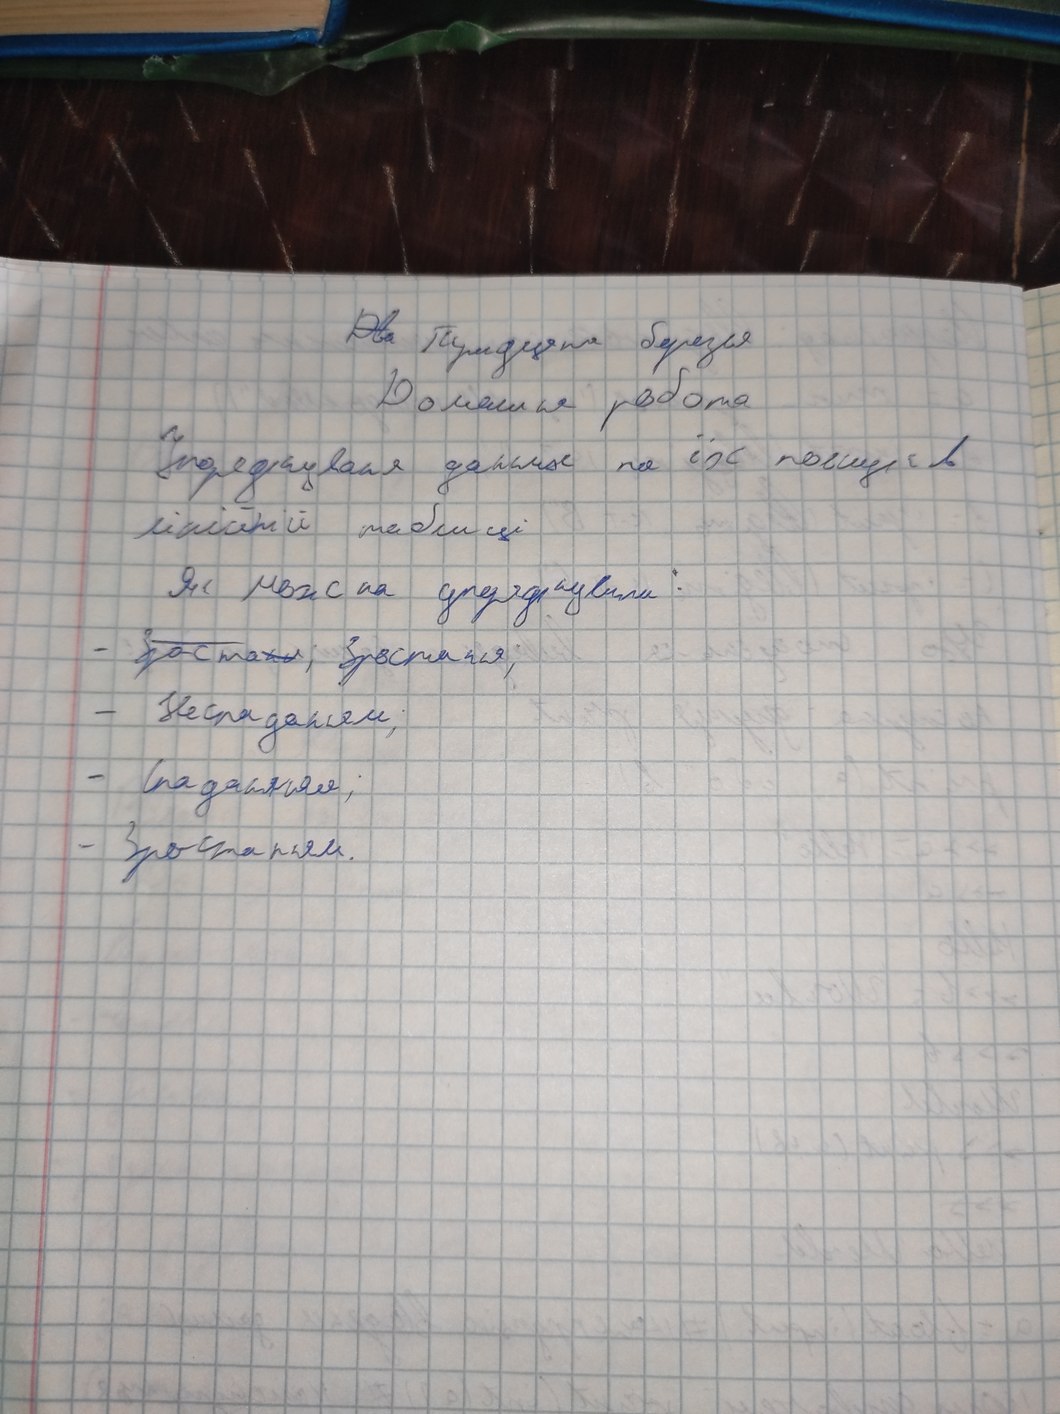
~~Два~~ Тридцяте березня
Домашня робота
Передавание данних по їх пошуків
лінійній таблиці
Як можна упорядкувати:
~~Зростаня;~~ Зростання;
Неспаданям;
Спадання;
Зростанням.